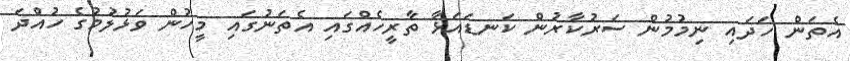
އެތަން ހަދައި ނިމުމުން ސަރުކާރުން ކަނޑައަޅާ ތާރީހެއްގައި އެތަނުގައި މީހުން ވަޅުލުމުގެ ހުއްދަ